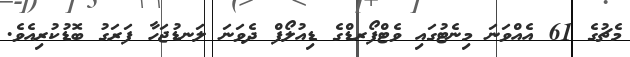
މެޗުގެ 61 އެއްވަނަ މިނެޓުގައި ވެޓްފޯރޑްގެ ޑިއުލޯފް ދެވަނަ ލަނޑުޖަހާ ފަރަގު ބޮޑުކުރިއެވެ.